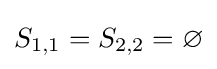
S_{1,1}=S_{2,2}=\varnothing